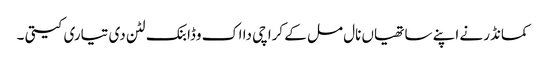
کمانڈر نے اپنے ساتھیاں نال مل کے کراچی دا اک وڈا بنک لٹن دی تیاری کیتی ۔